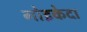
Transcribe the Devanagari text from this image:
गोइकेदा